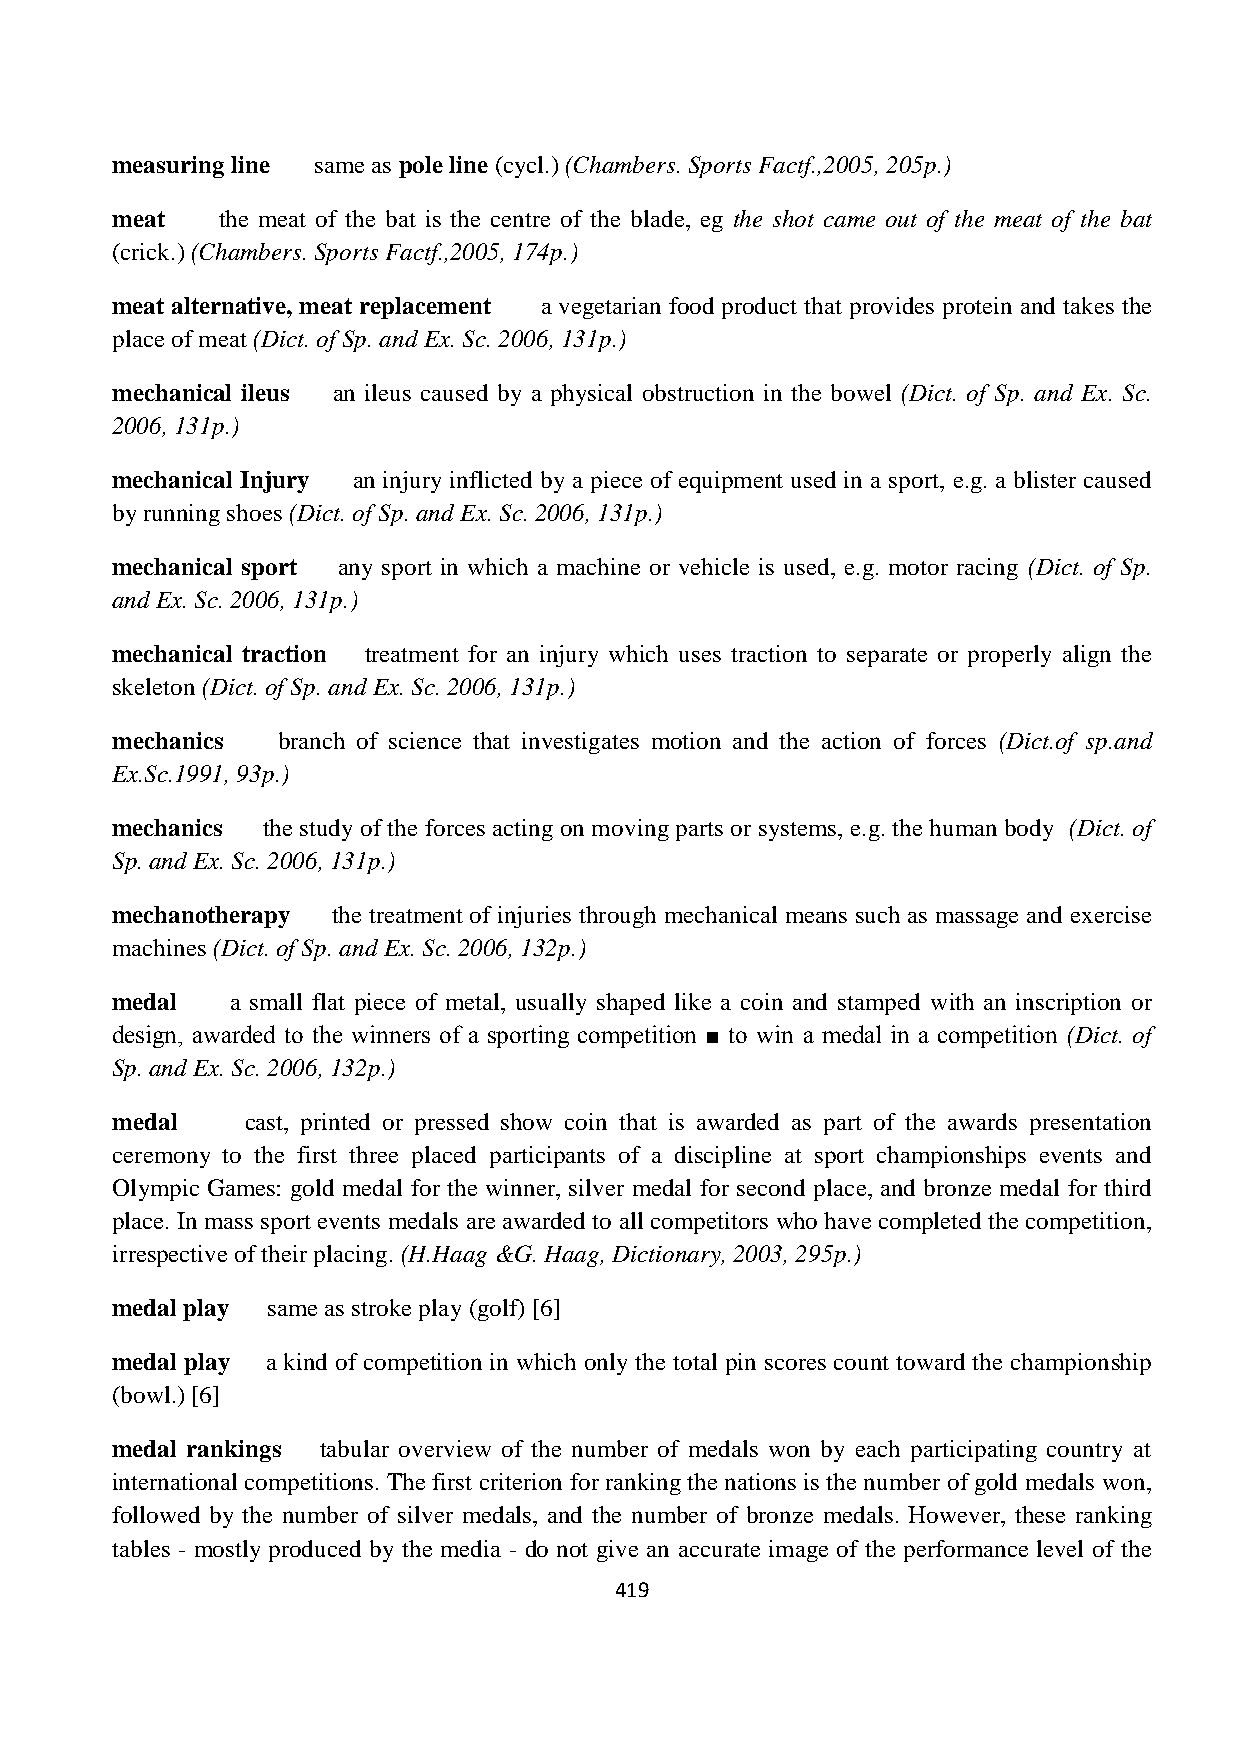
measuring line same as pole line (cycl.) (Chambers. Sports Factf.,2005, 205p.)
 meat    the meat of the bat is the centre of the blade, eg the shot came out of the meat of the bat
 (crick.) (Chambers. Sports Factf.,2005, 174p.)
 meat alternative, meat replacement a vegetarian food product that provides protein and takes the
 place of meat (Dict. of Sp. and Ex. Sc. 2006, 131p.)
 mechanical ileus an ileus caused by a physical obstruction in the bowel (Dict. of Sp. and Ex. Sc.
 2006, 131p.)
 mechanical Injury an injury inflicted by a piece of equipment used in a sport, e.g. a blister caused
 by running shoes (Dict. of Sp. and Ex. Sc. 2006, 131p.)
 mechanical sport any sport in which a machine or vehicle is used, e.g. motor racing (Dict. of Sp.
 and Ex. Sc. 2006, 131p.)
 mechanical traction treatment for an injury which uses traction to separate or properly align the
 skeleton (Dict. of Sp. and Ex. Sc. 2006, 131p.)
 mechanics  branch of science that investigates motion and the action of forces (Dict.of sp.and
 Ex.Sc.1991, 93p.)
 mechanics the study of the forces acting on moving parts or systems, e.g. the human body (Dict. of
 Sp. and Ex. Sc. 2006, 131p.)
 mechanotherapy the treatment of injuries through mechanical means such as massage and exercise
 machines (Dict. of Sp. and Ex. Sc. 2006, 132p.)
 medal   a small flat piece of metal, usually shaped like a coin and stamped with an inscription or
 design, awarded to the winners of a sporting competition ■ to win a medal in a competition (Dict. of
 Sp. and Ex. Sc. 2006, 132p.)
 medal    cast, printed or pressed show coin that is awarded as part of the awards presentation
 ceremony to the first three placed participants of a discipline at sport championships events and
 Olympic Games: gold medal for the winner, silver medal for second place, and bronze medal for third
 place. In mass sport events medals are awarded to all competitors who have completed the competition,
 irrespective of their placing. (H.Haag &G. Haag, Dictionary, 2003, 295p.)
 medal play same as stroke play (golf) [6]
 medal play a kind of competition in which only the total pin scores count toward the championship
 (bowl.) [6]
 medal rankings tabular overview of the number of medals won by each participating country at
 international competitions. The first criterion for ranking the nations is the number of gold medals won,
 followed by the number of silver medals, and the number of bronze medals. However, these ranking
 tables - mostly produced by the media - do not give an accurate image of the performance level of the
 419